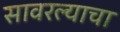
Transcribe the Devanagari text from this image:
सावरल्याचा